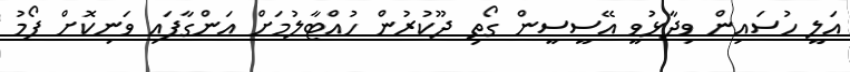
އަލީ ހުސައިން ވިދާޅުވީ އޭސީސީން ގޯތި ދޫކުރުން ހުއްޓާލުމަށް އަންގާފައި ވަނިކޮށް ފޯމު